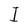
Character: I